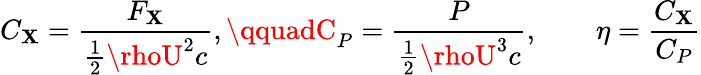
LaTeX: C_{\mathbf{X}}=\frac{{F_{\mathbf{X}}}}{{\frac{{1}}{{2}}\rhoU^{2}c}},\qquadC_{P}=\frac{{P}}{{\frac{{1}}{{2}}\rhoU^{3}c}},\qquad\eta=\frac{{C_{\mathbf{X}}}}{{C_{P}}}